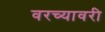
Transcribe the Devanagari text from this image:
वरच्यावरी